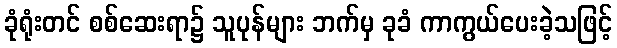
ခုံရုံးတင် စစ်ဆေးရာ၌ သူပုန်များ ဘက်မှ ခုခံ ကာကွယ်ပေးခဲ့သဖြင့်